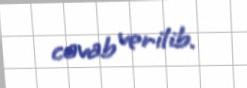
cavab verilib.